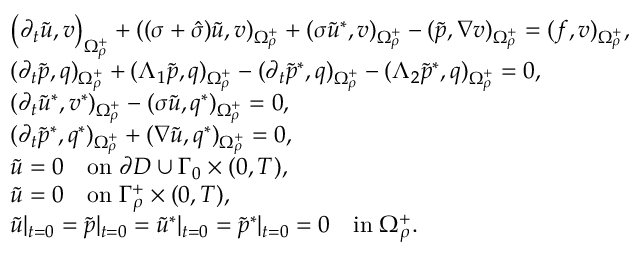
\begin{array} { r l } & { \left( \partial _ { t } \tilde { u } , v \right) _ { \Omega _ { \rho } ^ { + } } + ( ( \sigma + \hat { \sigma } ) \tilde { u } , v ) _ { \Omega _ { \rho } ^ { + } } + ( \sigma \tilde { u } ^ { * } , v ) _ { \Omega _ { \rho } ^ { + } } - ( \tilde { p } , \nabla v ) _ { \Omega _ { \rho } ^ { + } } = ( f , v ) _ { \Omega _ { \rho } ^ { + } } , } \\ & { ( \partial _ { t } \tilde { p } , q ) _ { \Omega _ { \rho } ^ { + } } + ( \Lambda _ { 1 } \tilde { p } , q ) _ { \Omega _ { \rho } ^ { + } } - ( \partial _ { t } \tilde { p } ^ { * } , q ) _ { \Omega _ { \rho } ^ { + } } - ( \Lambda _ { 2 } \tilde { p } ^ { * } , q ) _ { \Omega _ { \rho } ^ { + } } = 0 , } \\ & { ( \partial _ { t } \tilde { u } ^ { * } , v ^ { * } ) _ { \Omega _ { \rho } ^ { + } } - ( \sigma \tilde { u } , q ^ { * } ) _ { \Omega _ { \rho } ^ { + } } = 0 , } \\ & { ( \partial _ { t } \tilde { p } ^ { * } , q ^ { * } ) _ { \Omega _ { \rho } ^ { + } } + ( \nabla \tilde { u } , q ^ { * } ) _ { \Omega _ { \rho } ^ { + } } = 0 , } \\ & { \tilde { u } = 0 \quad \mathrm { o n } \; \partial D \cup \Gamma _ { 0 } \times ( 0 , T ) , } \\ & { \tilde { u } = 0 \quad \mathrm { o n } \; \Gamma _ { \rho } ^ { + } \times ( 0 , T ) , } \\ & { \tilde { u } | _ { t = 0 } = \tilde { p } | _ { t = 0 } = \tilde { u } ^ { * } | _ { t = 0 } = \tilde { p } ^ { * } | _ { t = 0 } = 0 \quad \mathrm { i n } \; \Omega _ { \rho } ^ { + } . } \end{array}